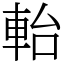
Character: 軩